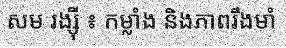
សម រង្ស៊ី ៖ កម្លាំង និងភាពរឹងមាំ